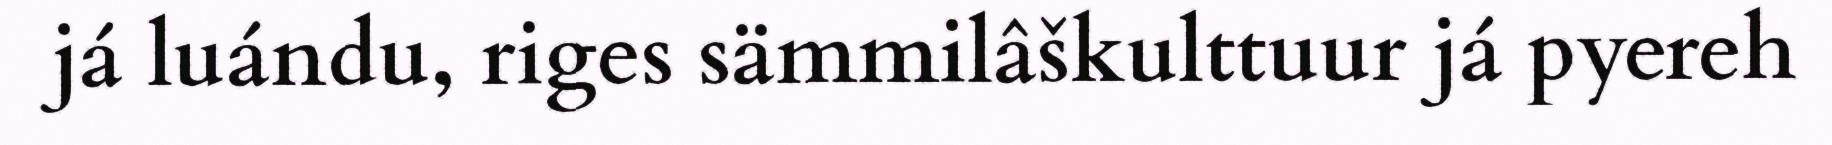
já luándu, riges sämmilâškulttuur já pyereh